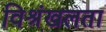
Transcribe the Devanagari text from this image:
विश्रंखलता